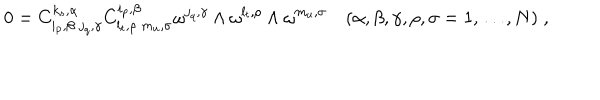
0 = C _ { i _ { p } , \beta \; j _ { q } , \gamma } ^ { k _ { s } , \alpha } C _ { l _ { t } , \rho \; m _ { u } , \sigma } ^ { i _ { p } , \beta } \omega ^ { j _ { q } , \gamma } \wedge \omega ^ { l _ { t } , \rho } \wedge \omega ^ { m _ { u } , \sigma } \quad ( \alpha , \beta , \gamma , \rho , \sigma = 1 , \ldots , N ) \; ,